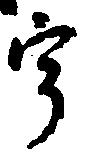
宇